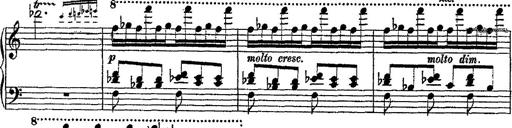
Title: Fantaisie romantique sur deux mÃ©lodies suisses
Composer: Franz Liszt